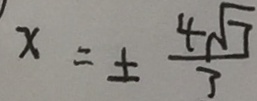
x = \pm \frac { 4 \sqrt { 7 } } { 3 }